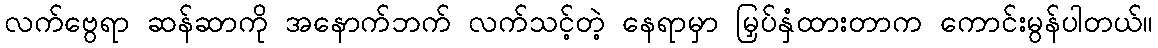
လက်ဗွေရာ ဆန်ဆာကို အနောက်ဘက် လက်သင့်တဲ့ နေရာမှာ မြှပ်နှံထားတာက ကောင်းမွန်ပါတယ်။